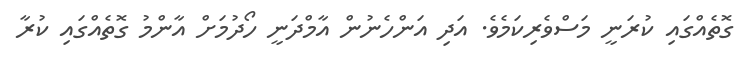
ގޮތެއްގައި ކުރަނީ މަސްވެރިކަމެވެ. އަދި އަންހެނުން އާމްދަނީ ހޯދުމަށް އާންމު ގޮތެއްގައި ކުރާ